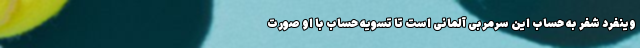
وینفرد شفر به حساب این سرمربی آلمانی است تا تسویه حساب با او صورت